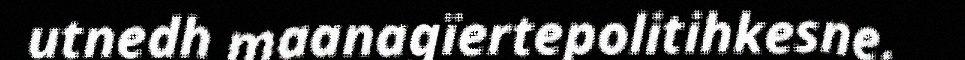
utnedh maanagïertepolitihkesne.